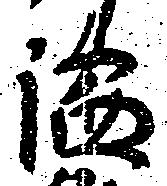
謐